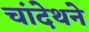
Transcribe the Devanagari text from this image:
चांदेथने